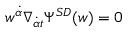
w ^ { { \dot { \alpha } } } \nabla _ { { \dot { \alpha } } t } \Psi ^ { { \cal S D } } ( w ) = 0